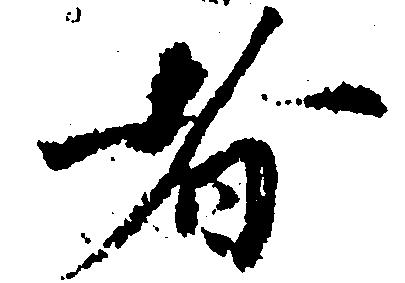
者